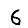
Digit: 6